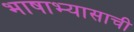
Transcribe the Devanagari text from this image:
भाषाभ्यासाची